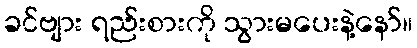
ခင်ဗျား ရည်းစားကို သွားမပေးနဲ့နော်။